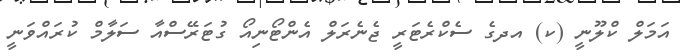
އަމަލް ކްލޫނީ (ކ) އދގެ ސެކްރެޓަރީ ޖެނެރަލް އެންޓޯނިއޯ ގުޓަރޭސްއާ ސަލާމް ކުރައްވަނީ